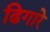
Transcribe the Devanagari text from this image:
ढिगारे